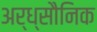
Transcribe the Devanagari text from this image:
अर्ध्सौनिक